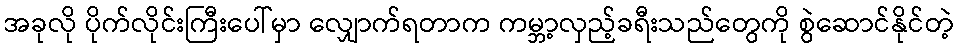
အခုလို ပိုက်လိုင်းကြီးပေါ်မှာ လျှောက်ရတာက ကမ္ဘာ့လှည့်ခရီးသည်တွေကို စွဲဆောင်နိုင်တဲ့